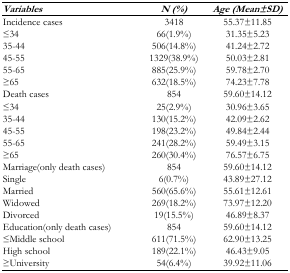
<table><thead><tr><td><b><i>Variables</i></b></td><td><b><i>N (%)</i></b></td><td><b><i>Age (Mean±SD)</i></b></td></tr></thead><tbody><tr><td>Incidence cases</td><td>3418</td><td>55.37±11.85</td></tr><tr><td>≤34</td><td>66(1.9%)</td><td>31.35±5.23</td></tr><tr><td>35–44</td><td>506(14.8%)</td><td>41.24±2.72</td></tr><tr><td>45–55</td><td>1329(38.9%)</td><td>50.03±2.81</td></tr><tr><td>55–65</td><td>885(25.9%)</td><td>59.78±2.70</td></tr><tr><td>≥65</td><td>632(18.5%)</td><td>74.23±7.78</td></tr><tr><td>Death cases</td><td>854</td><td>59.60±14.12</td></tr><tr><td>≤34</td><td>25(2.9%)</td><td>30.96±3.65</td></tr><tr><td>35–44</td><td>130(15.2%)</td><td>42.09±2.62</td></tr><tr><td>45–55</td><td>198(23.2%)</td><td>49.84±2.44</td></tr><tr><td>55–65</td><td>241(28.2%)</td><td>59.49±3.15</td></tr><tr><td>≥65</td><td>260(30.4%)</td><td>76.57±6.75</td></tr><tr><td>Marriage(only death cases)</td><td>854</td><td>59.60±14.12</td></tr><tr><td>Single</td><td>6(0.7%)</td><td>43.89±27.12</td></tr><tr><td>Married</td><td>560(65.6%)</td><td>55.61±12.61</td></tr><tr><td>Widowed</td><td>269(18.2%)</td><td>73.97±12.20</td></tr><tr><td>Divorced</td><td>19(15.5%)</td><td>46.89±8.37</td></tr><tr><td>Education(only death cases)</td><td>854</td><td>59.60±14.12</td></tr><tr><td>≤Middle school</td><td>611(71.5%)</td><td>62.90±13.25</td></tr><tr><td>High school</td><td>189(22.1%)</td><td>46.43±9.05</td></tr><tr><td>≥University</td><td>54(6.4%)</td><td>39.92±11.06</td></tr></tbody></table>